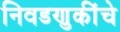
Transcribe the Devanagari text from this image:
निवडणुकींचे